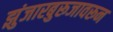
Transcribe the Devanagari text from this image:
झुंजारबुरूजावरून